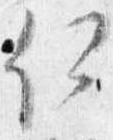
何